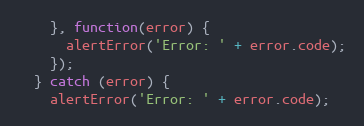
Language: JavaScript
    }, function(error) {
      alertError('Error: ' + error.code);
    });
  } catch (error) {
    alertError('Error: ' + error.code);